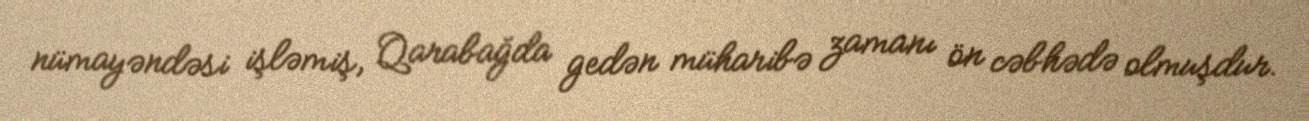
nümayəndəsi işləmiş, Qarabağda gedən müharibə zamanı ön cəbhədə olmuşdur.